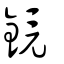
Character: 鏡